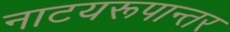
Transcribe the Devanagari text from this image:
नाटयरूपान्तर